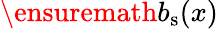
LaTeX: \ensuremath{b_{\mathrm{s}}}(x)